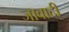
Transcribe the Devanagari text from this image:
जावादी